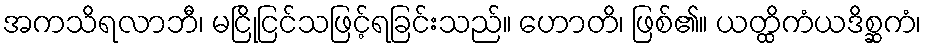
အကသိရလာဘီ၊ မငြိုငြင်သဖြင့်ရခြင်းသည်။ ဟောတိ၊ ဖြစ်၏။ ယတ္ထိကံယဒိစ္ဆကံ၊